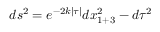
d s ^ { 2 } = e ^ { - 2 k | \tau | } d x _ { 1 + 3 } ^ { 2 } - d \tau ^ { 2 }